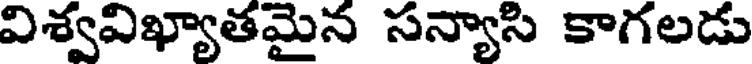
విశ్వవిఖ్యాతమైన సన్యాసి కాగలడు